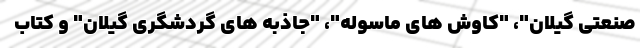
صنعتی گیلان"، "کاوش های ماسوله"، "جاذبه های گردشگری گیلان" و کتاب